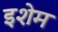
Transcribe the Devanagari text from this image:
इशेम